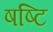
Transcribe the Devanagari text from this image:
षष्टि